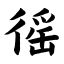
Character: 徭